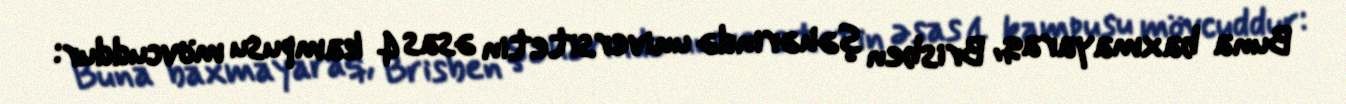
Buna baxmayaraq, Brisben şəhərində universitetin əsas 4 kampusu mövcuddur: